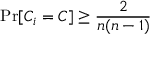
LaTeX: \operatorname* { P r } [ C _ { i } = C ] \geq { \frac { 2 } { n ( n - 1 ) } }